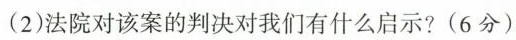
(2)法院对该案的判决对我们有什么启示?(6分)